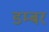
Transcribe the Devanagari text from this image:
डम्‍बर